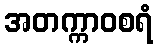
အတက္ကာဝစရံ